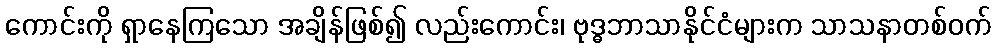
ကောင်းကို ရှာနေကြသော အချိန်ဖြစ်၍ လည်းကောင်း၊ ဗုဒ္ဓဘာသာနိုင်ငံများက သာသနာတစ်ဝက်